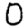
Digit: 0